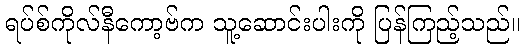
ရပ်စ်ကိုလ်နီကော့ဗ်က သူ့ဆောင်းပါးကို ပြန်ကြည့်သည်။